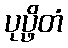
ပုပ္ဖိတံ